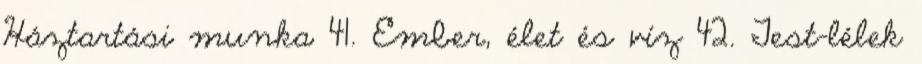
Háztartási munka 41. Ember, élet és víz 42. Test-lélek